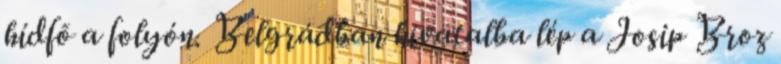
hídfõ a folyón. Belgrádban hivatalba lép a Josip Broz